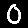
Digit: 0